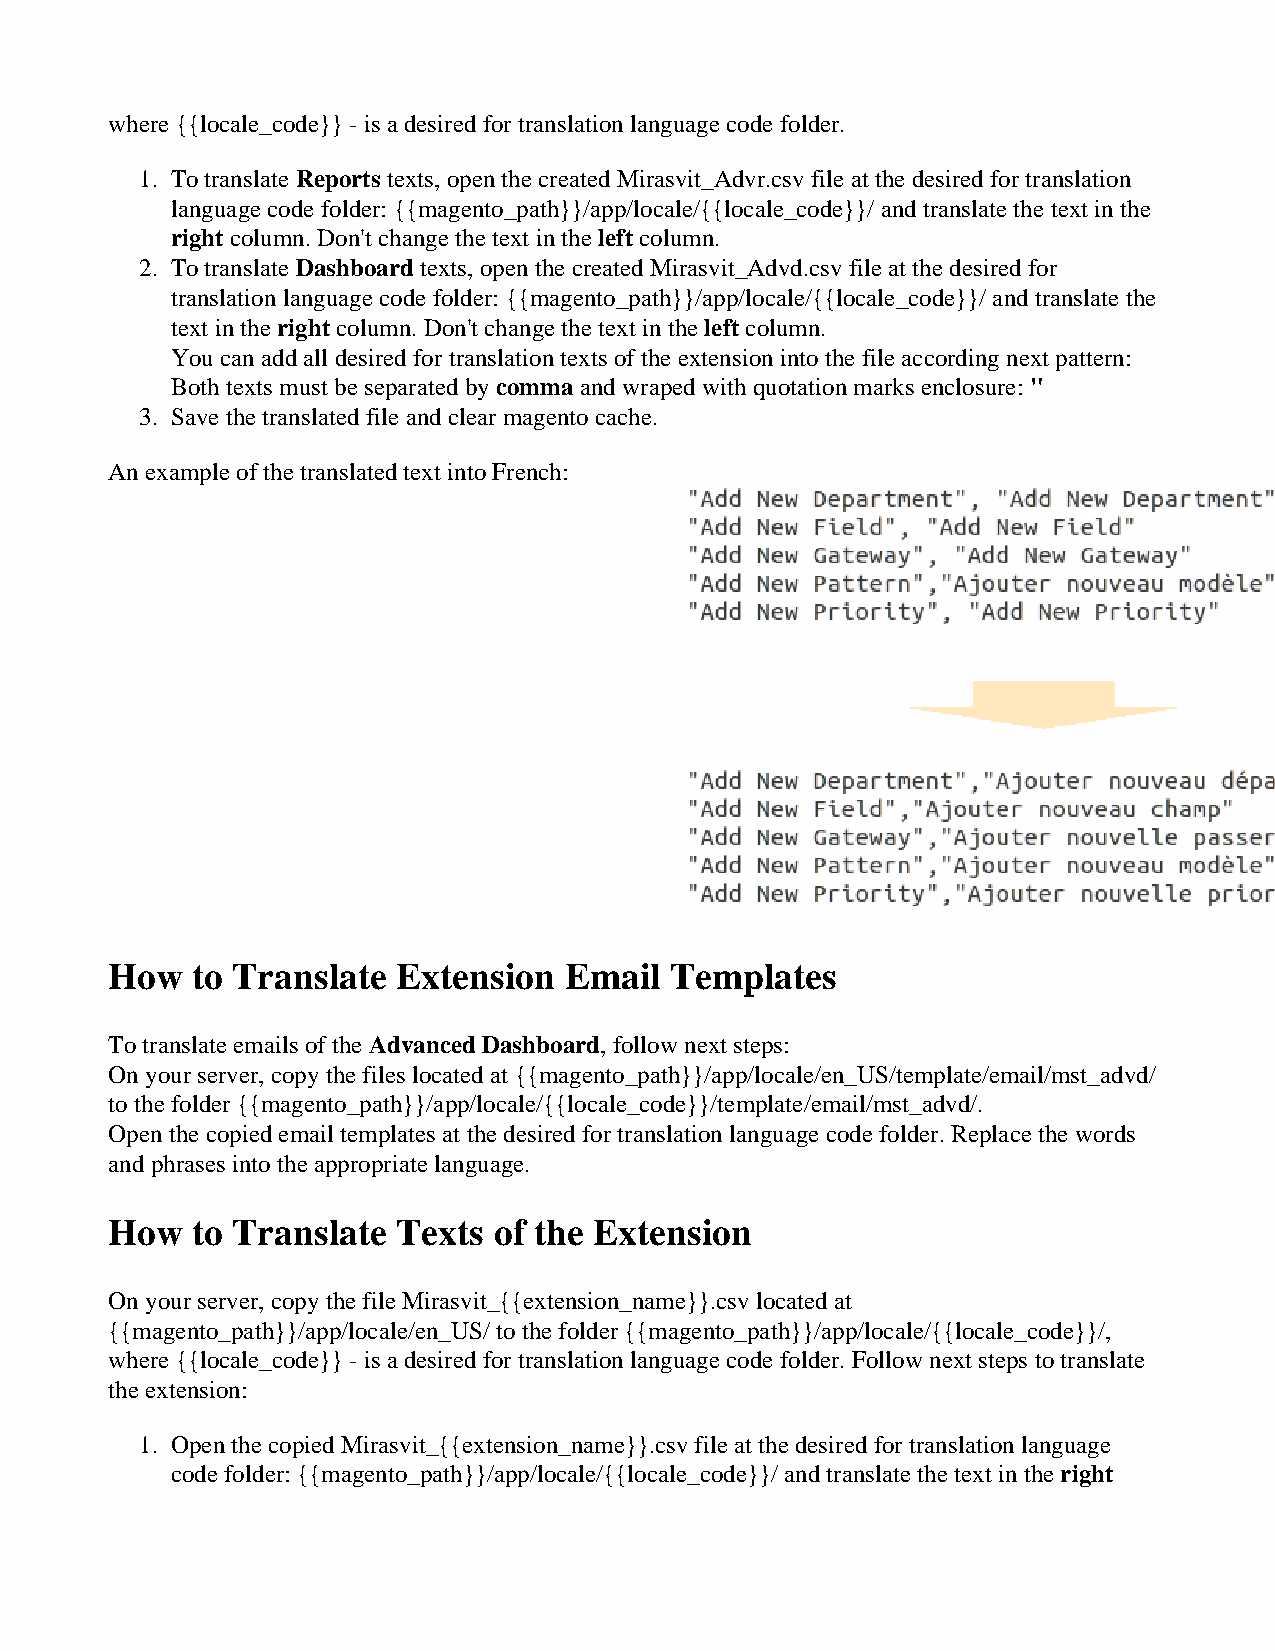
where {{locale_code}} - is a desired for translation language code folder.
 1. To translate Reports texts, open the created Mirasvit_Advr.csv file at the desired for translation
 language code folder: {{magento_path}}/app/locale/{{locale_code}}/ and translate the text in the
 right column. Don't change the text in the left column.
 2. To translate Dashboard texts, open the created Mirasvit_Advd.csv file at the desired for
 translation language code folder: {{magento_path}}/app/locale/{{locale_code}}/ and translate the
 text in the right column. Don't change the text in the left column.
 You can add all desired for translation texts of the extension into the file according next pattern:
 Both texts must be separated by comma and wraped with quotation marks enclosure: "
 3. Save the translated file and clear magento cache.
 An example of the translated text into French:
 How   to Translate Extension  Email  Templates
 To translate emails of the Advanced Dashboard, follow next steps:
 On your server, copy the files located at {{magento_path}}/app/locale/en_US/template/email/mst_advd/
 to the folder {{magento_path}}/app/locale/{{locale_code}}/template/email/mst_advd/.
 Open the copied email templates at the desired for translation language code folder. Replace the words
 and phrases into the appropriate language.
 How   to Translate Texts  of the Extension
 On your server, copy the file Mirasvit_{{extension_name}}.csv located at
 {{magento_path}}/app/locale/en_US/ to the folder {{magento_path}}/app/locale/{{locale_code}}/,
 where {{locale_code}} - is a desired for translation language code folder. Follow next steps to translate
 the extension:
 1. Open the copied Mirasvit_{{extension_name}}.csv file at the desired for translation language
 code folder: {{magento_path}}/app/locale/{{locale_code}}/ and translate the text in the right